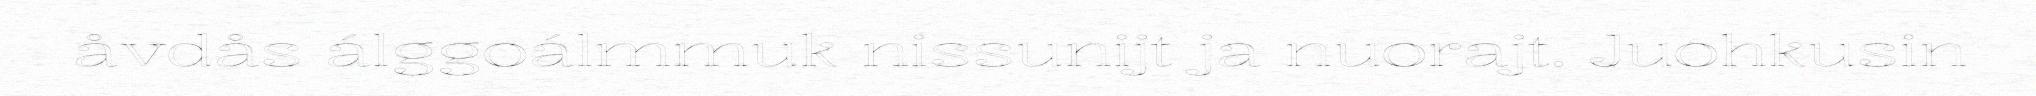
åvdås álggoálmmuk nissunijt ja nuorajt. Juohkusin